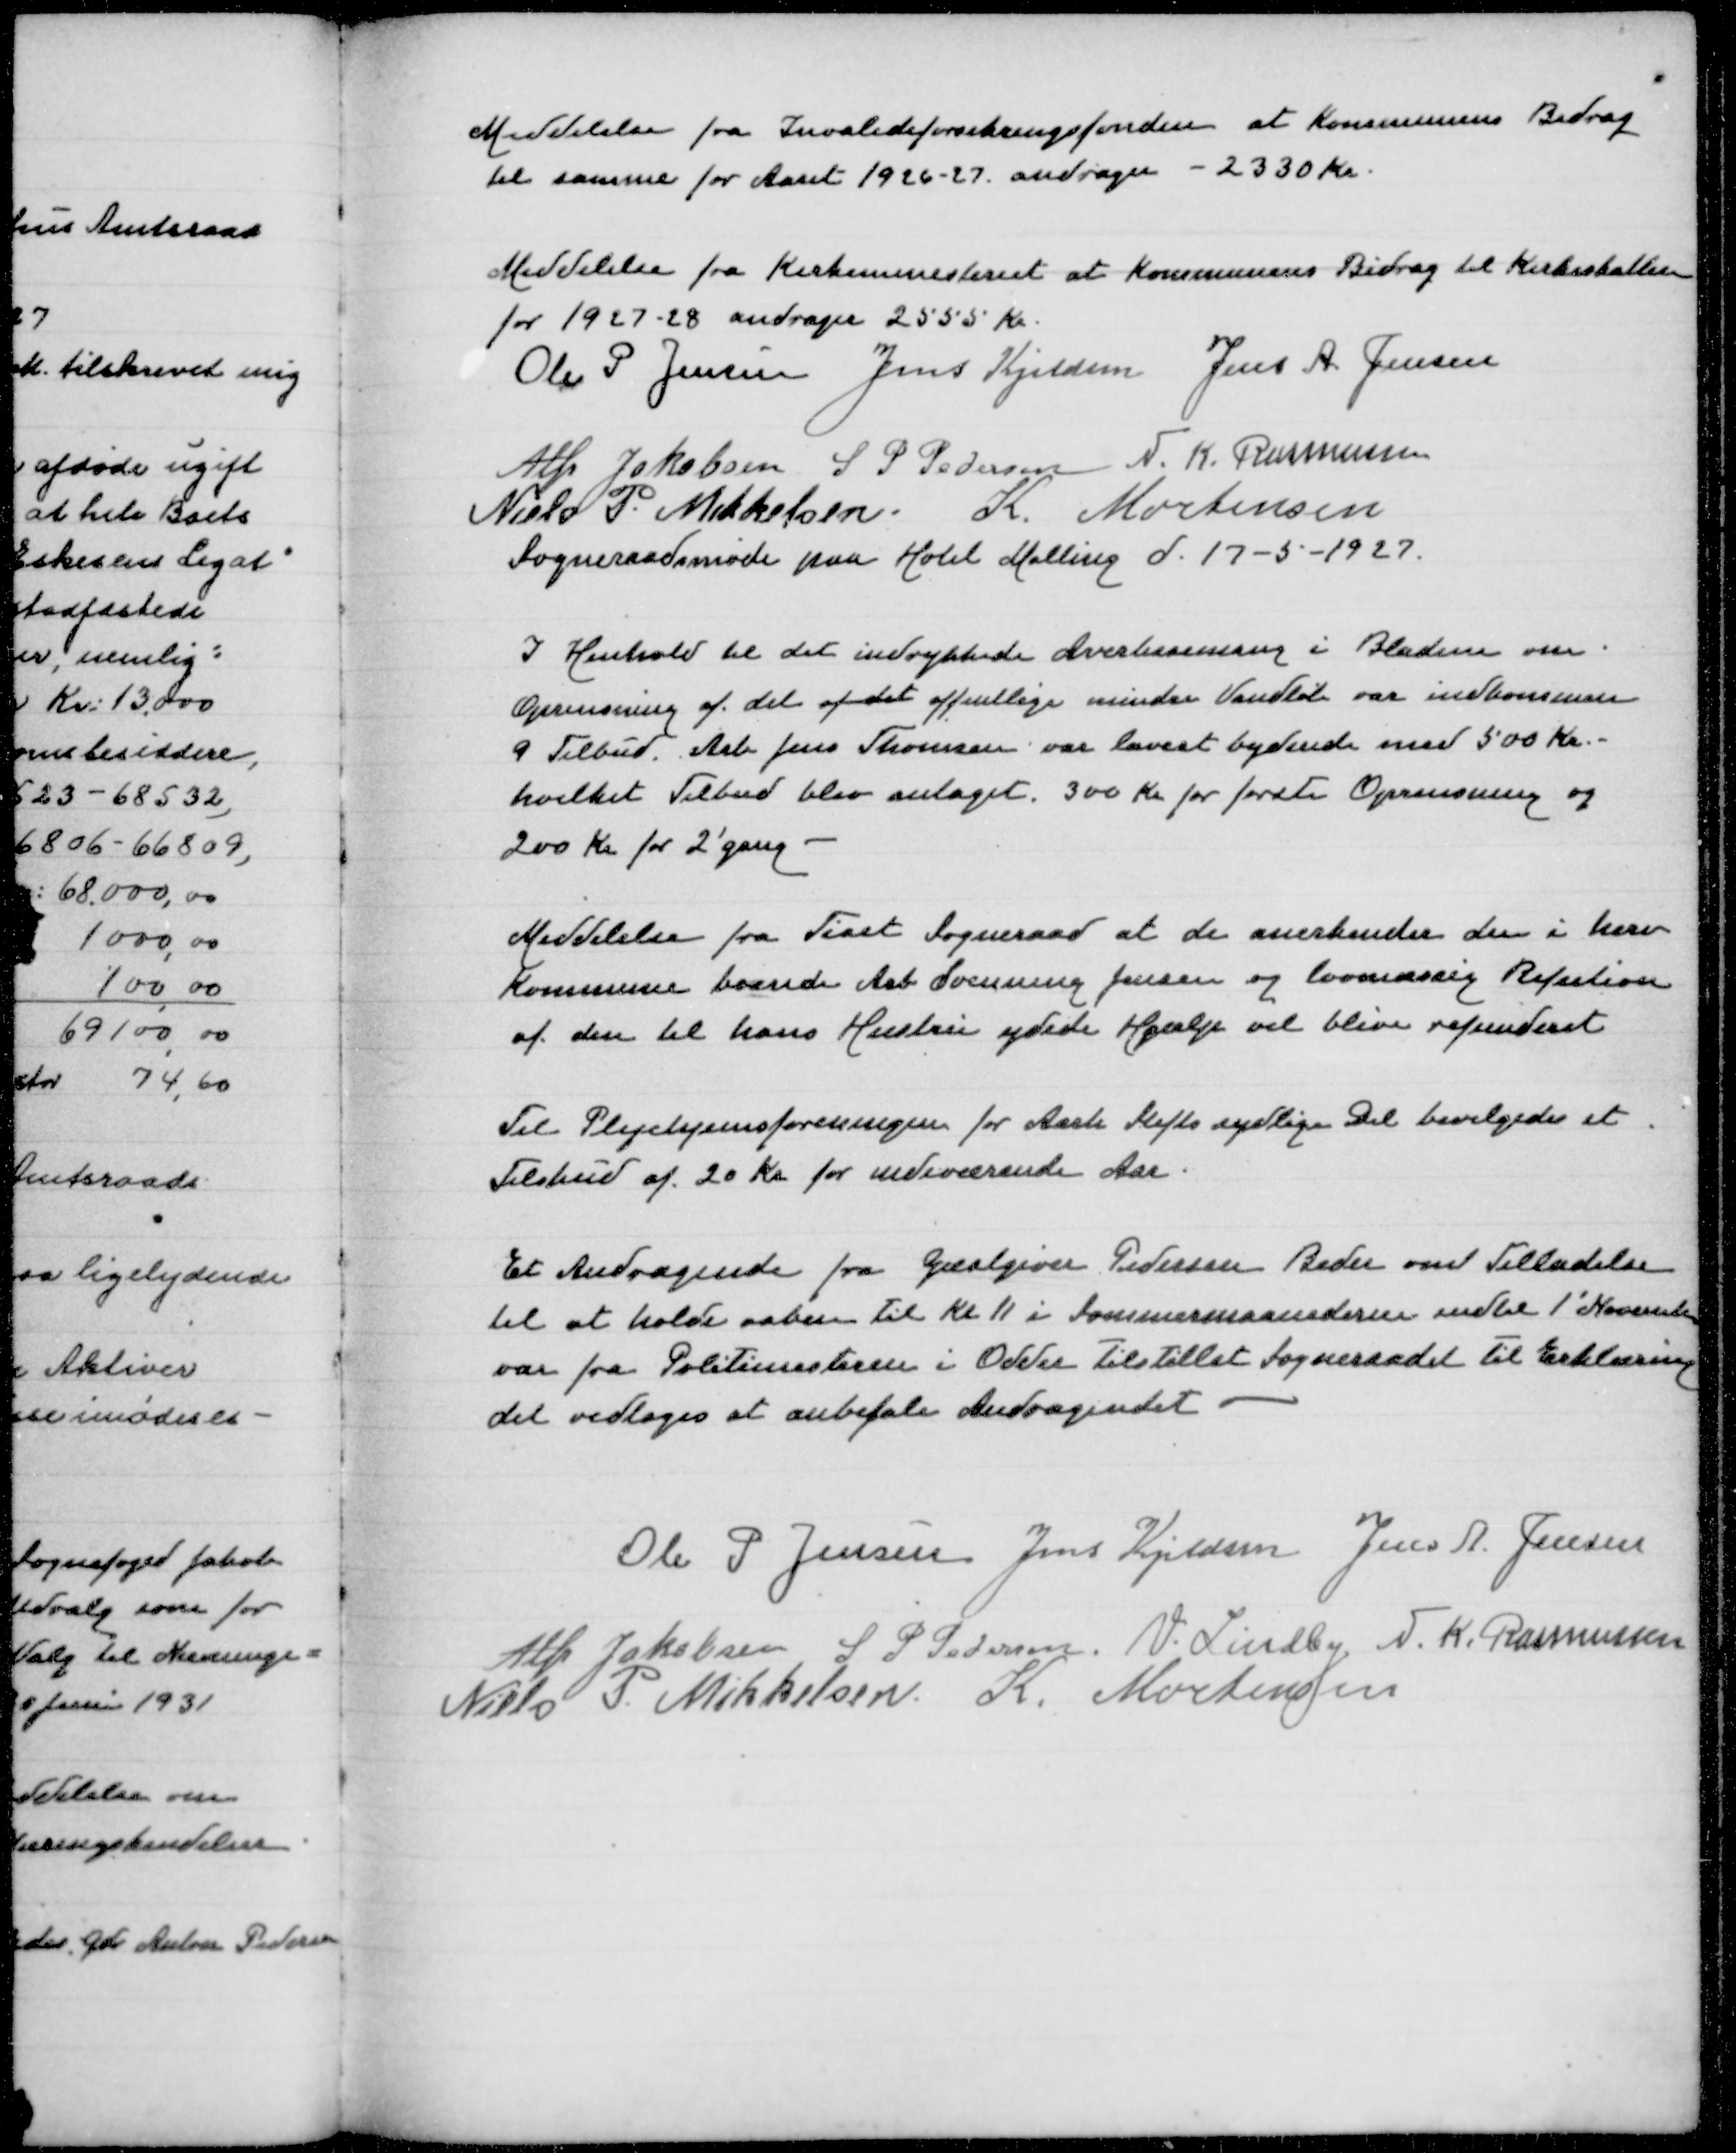
Transskription:
Meddelelse fra Invalideforsikringsfonden at kommunens Bidrag
til samme for Aaret 1926-27 andrager - 2330 Kr

Meddelelse fra Kirkeministeriet at kommunens Bidrag til Kirkeskatten

for 1927-28 andrager 2555 Kr
Ole P Jensen
Jens Kjeldsen
Jens A Jensen
Alfr Jakobsen
S P Pedersen
N K Rasmussen
Niels P Mikkelsen
K Mortensen
Sogneraadmøde paa Hotel Malling d 12-5-1927

I Henhold til det indrykkede Avertissemang i Bladene om
Oprensning af det af det offentlige mindre Vandløb var indkommen
9 Tilbud. Arb Jens Thomsen var lavest bydende med 500 Kr
hvilket Tilbud blev antaget. 300 Kr for første Oprensning og
200 Kr for 2' gang

Meddelelse fra Tiset Sogneraad at de anerkender den i herv
Kommune boende Arb Svenning Jensen og lovmæssig Refusion
af den til hans Hustru ydede Hjælp vil blive refunderet

Til Plejehjemsforeningen for Aarh Stifts sydlige Del bevilgedes et
Tilskud af 20 Kr for indværende Aar

Et Andragende fra Gæstgiver Pedersen Beder om Tilladelse
til at holde aaben til Kl 11 i Sommermaanederne indtil 2' November
var fra Politimesteren i Odder tilstillet Sogneraadet til Erklæring
det vedtoges at anbefale Andragendet

Ole P Jensen
Jens Kjeldsen
Jens A Jensen
Alfr Jakobsen
S P Pedersen
V Lindby
N K Rasmussen
Niels P Mikkelsen
K Mortensen